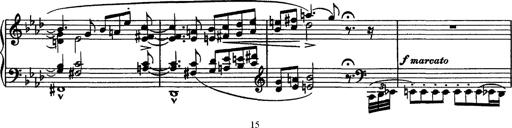
Title: Piano Sonata
Composer: Karl HÃ¤ssler
Key: C major